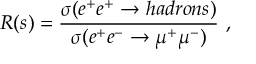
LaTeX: T r : e x p i ( 2 \pi F ) = \sum _ { j = 0 } ^ { M - 1 } [ e x p i ( { \frac { 2 \pi j n } { { M } } } ) ] = 0 , \quad